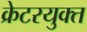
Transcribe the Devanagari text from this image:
क्रेटरयुक्त